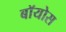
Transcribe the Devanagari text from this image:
बॉयोस